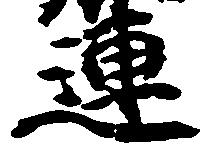
連